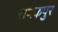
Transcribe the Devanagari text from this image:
राणकपुर